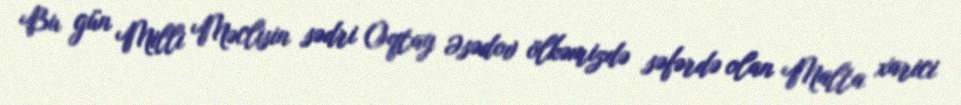
Bu gün Milli Məclisin sədri Oqtay Əsədov ölkəmizdə səfərdə olan Malta xarici